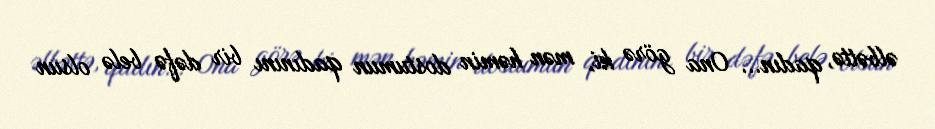
əlbəttə, qadın... Ona görə ki, mən həmin dostumun qadınını bir dəfə belə olsun